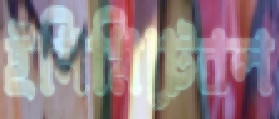
ইনিমিটেবল